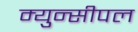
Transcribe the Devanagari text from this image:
म्युन्सीपल